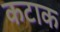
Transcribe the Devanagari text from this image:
कटाक